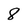
Character: 8